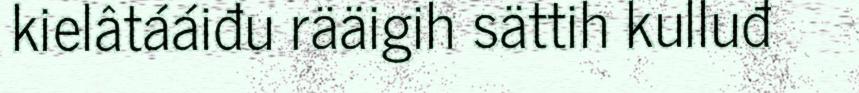
kielâtááiđu rääigih sättih kulluđ